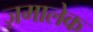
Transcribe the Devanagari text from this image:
ज़मालेक